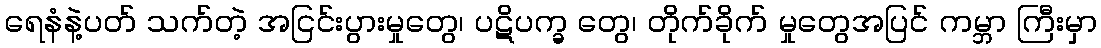
ရေနံနဲ့ပတ် သက်တဲ့ အငြင်းပွားမှုတွေ၊ ပဋိပက္ခ တွေ၊ တိုက်ခိုက် မှုတွေအပြင် ကမ္ဘာ ကြီးမှာ